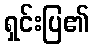
ရှင်းပြ၏